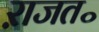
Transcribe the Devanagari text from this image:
ऱाजत॰